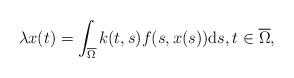
LaTeX: \begin{align*}\lambda x(t)=\int_{\overline{\Omega}} k(t,s)f(s,x(s)) \textup ds,t\in\overline{\Omega},\end{align*}